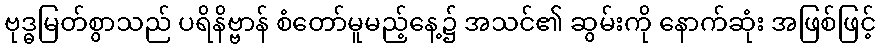
ဗုဒ္ဓမြတ်စွာသည် ပရိနိဗ္ဗာန် စံတော်မူမည့်နေ့၌ အသင်၏ ဆွမ်းကို နောက်ဆုံး အဖြစ်ဖြင့်